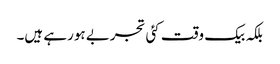
بلکہ بیک وقت کئی تجربے ہورہے ہیں۔